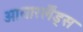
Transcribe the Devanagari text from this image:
आयारर्लैंड्स